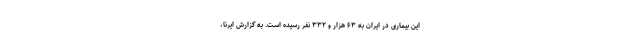
این بیماری در ایران به ۶۳ هزار و ۳۳۲ نفر رسیده است. به گزارش ایرنا،